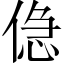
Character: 𠋎